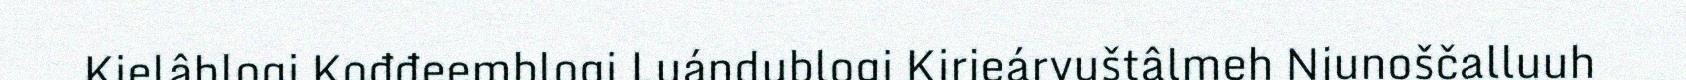
Kielâblogi Kođđeemblogi Luándublogi Kirjeárvuštâlmeh Njunoščalluuh